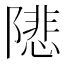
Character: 𨼚